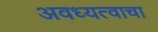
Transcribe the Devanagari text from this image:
अवध्यत्वाचा